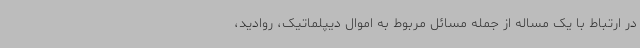
در ارتباط با یک مساله از جمله مسائل مربوط به اموال دیپلماتیک، روادید،